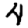
Digit: 4